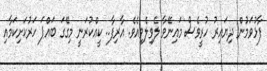
ފާޅުވަމުން ދިޔައިރު ހުރީވެސް މައިނޭވާ ލެވިލެވިއެވެ. އާރިފާ.. ކީއްކުރަނީ މިގޭގަ ބައްޕަ ހަރުކަށިކަމާއި